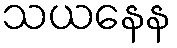
သယနေန